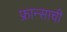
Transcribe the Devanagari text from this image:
फ्रान्साची